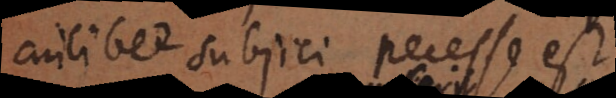
cuilibet subjici necesse est.